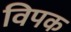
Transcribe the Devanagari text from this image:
विपक